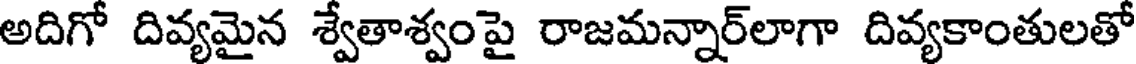
అదిగో దివ్యమైన శ్వేతాశ్వంపై రాజమన్నార్లాగా దివ్యకాంతులతో